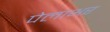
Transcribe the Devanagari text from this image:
पेलाभर